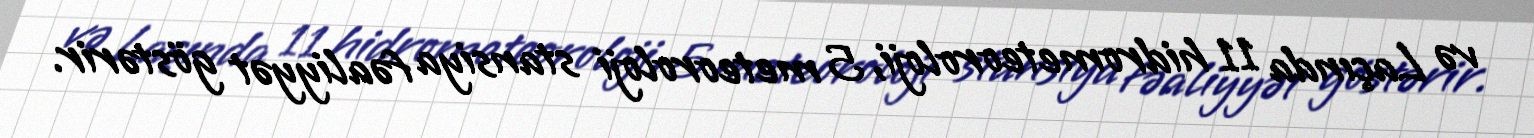
və Laçında 11 hidrometeoroloji, 5 meteoroloji stansiya fəaliyyət göstərir.